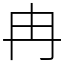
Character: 冉